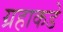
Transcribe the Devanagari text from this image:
ग्रहाकडे